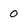
Character: 0